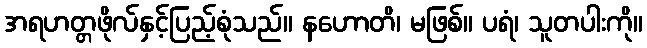
အရဟတ္တဖိုလ်နှင့်ပြည့်စုံသည်။ နဟောတိ၊ မဖြစ်။ ပရံ၊ သူတပါးကို။